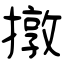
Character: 撴